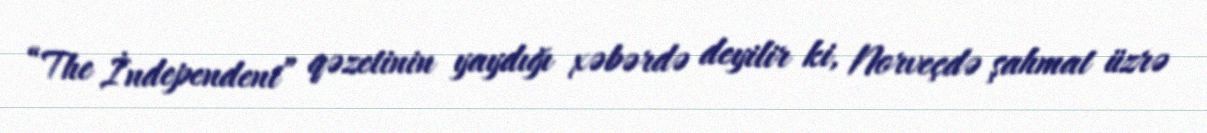
“The İndependent” qəzetinin yaydığı xəbərdə deyilir ki, Norveçdə şahmat üzrə